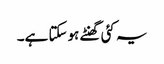
یہ کئی گھنٹے ہوسکتا ہے۔